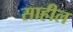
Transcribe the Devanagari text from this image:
साहील